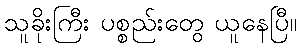
သူခိုးကြီး ပစ္စည်းတွေ ယူနေပြီ။